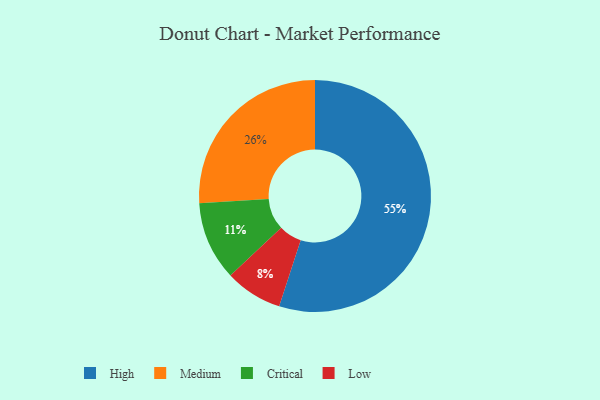
{"axis": {"x": "Category", "y": "Percentage"}, "legend": ["Critical", "High", "Low", "Medium"], "data": [{"x": "Critical", "y": 11, "type": "Critical"}, {"x": "Medium", "y": 26, "type": "Medium"}, {"x": "High", "y": 55, "type": "High"}, {"x": "Low", "y": 8, "type": "Low"}]}